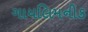
ગાયલિમનીક